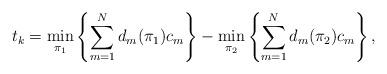
LaTeX: \begin{align*} t_k = \min_{\pi_1} \left\{ \sum_{m=1}^{N} d_m(\pi_1)c_m \right\} - \min_{\pi_2} \left\{ \sum_{m=1}^{N} d_m(\pi_2)c_m \right\},\end{align*}